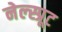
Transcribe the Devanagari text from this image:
नेल्स्प्रूट